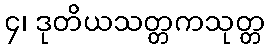
၄၊ ဒုတိယသတ္တကသုတ္တ